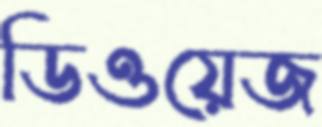
ডিওয়েজ